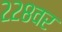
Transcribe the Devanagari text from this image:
२२८वर